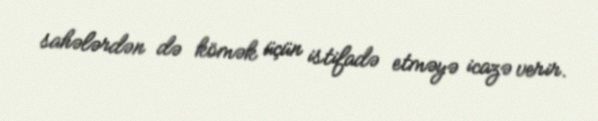
sahələrdən də kömək üçün istifadə etməyə icazə verir.